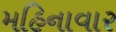
મહિનાવાર